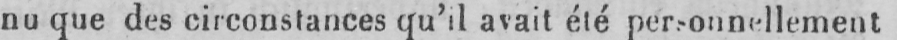
nu que des circonstances qu’il avait été personnellement